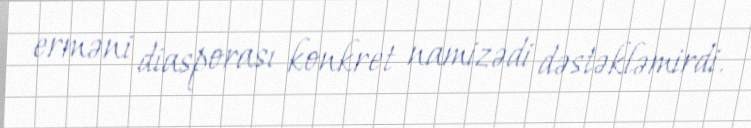
erməni diasporası konkret namizədi dəstəkləmirdi.